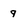
Character: 9